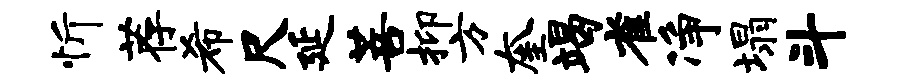
忻荐希尺延菩抑方奎竭雀净塌斗